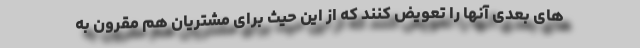
های بعدی آنها را تعویض کنند که از این حیث برای مشتریان هم مقرون به